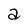
Character: a